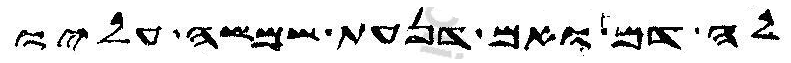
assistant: לה דם ואם דנעת שמשה עליו